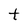
Character: t